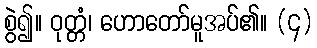
စွဲ၍။ ဝုတ္တံ၊ ဟောတော်မူအပ်၏။ (၄)